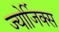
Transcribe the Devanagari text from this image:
ज्योर्जिक्स